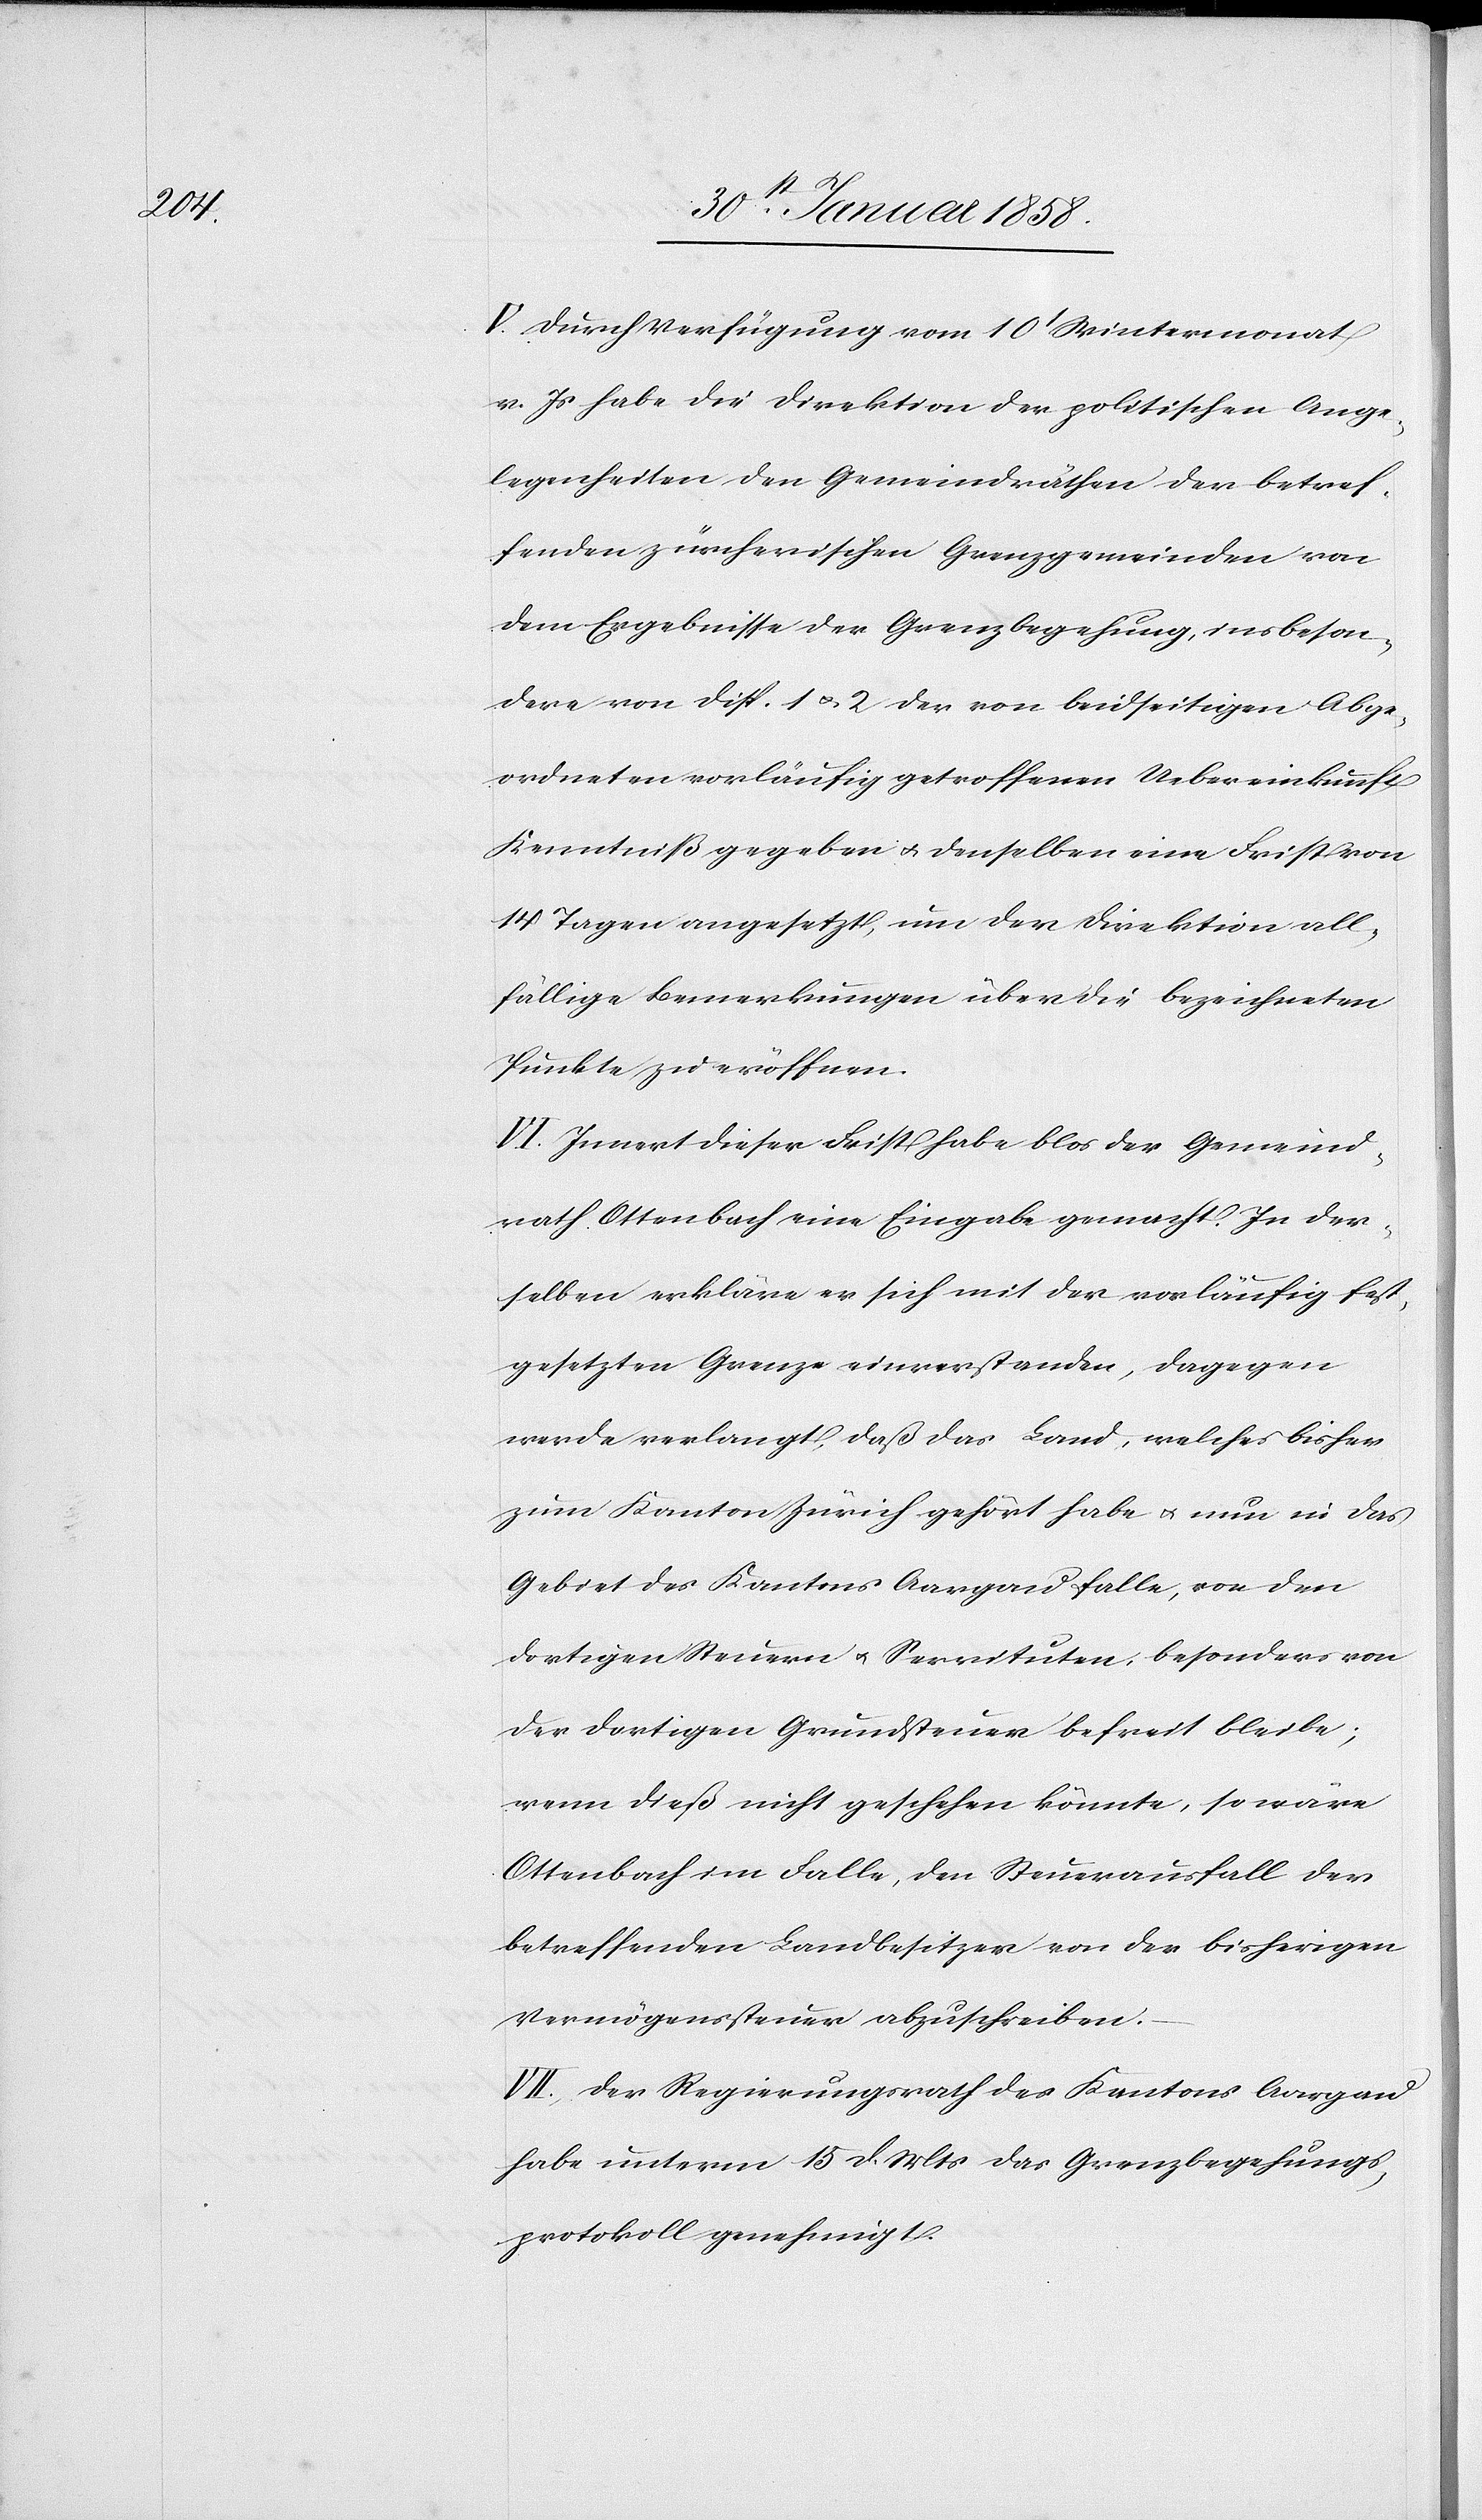
V. Durch Verfügung vom 10t Wintermonat
v. Js. habe die Direktion der politischen Ange¬
legenheiten den Gemeindräthen der betref¬
fenden zürcherischen Grenzgemeinden von
dem Ergebnisse der Grenzbegehung, insbeson¬
dere von Disp. 1 u. 2 der von beidseitigen Abge¬
ordneten vorläufig getroffenen Uebereinkunft
Kenntniß gegeben u. denselben eine Frist von
14 Tagen angesetzt, um der Direktion all¬
fällige Bemerkungen über die bezeichneten
Punkte zu eröffnen.
VI. Innert dieser Frist habe blos der Gemeind¬
rath Ottenbach eine Eingabe gemacht. In der¬
selben erkläre er sich mit der vorläufig fest¬
gesetzten Grenze einverstanden, dagegen
werde verlangt, daß das Land, welches bisher
zum Kanton Zürich gehört habe u. nun in das
Gebiet des Kantons Aargau falle, von den
dortigen Steuern u. Servituten, besonders von
der dortigen Grundsteuer befreit bleibe;
wenn dieß nicht geschehen könnte, so wäre
Ottenbach im Falle, den Steuerausfall der
betreffenden Landbesitzer von der bisherigen
Vermögenssteuer abzuschreiben.
VII. Der Regierungsrath des Kantons Aargau
habe unterm 15 d. Mts das Grenzbegehungs¬
protokoll genehmigt.